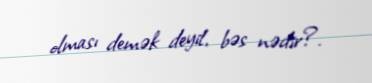
olması demək deyil, bəs nədir?.